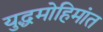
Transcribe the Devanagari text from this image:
युद्धमोहिमांत